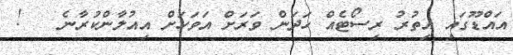
އައްޑޫގައި އިތުރު ރިސޯޓެއް ހަދަން ވަރަށް އަވަހަަށް އިއުލާންކުރާނެ   !